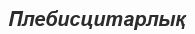
Плебисцитарлық